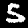
Digit: 5